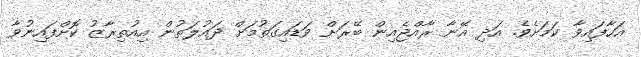
އަހާފައިވާ ކަަމަށެވެ. އަދި އޭނާ ރާއްޖެއިން ބޭރަށް ވަޑައިގަތުމަށް ދައުލަތުން އިއުތިރާޒު ކޮށްފައިނުވާ